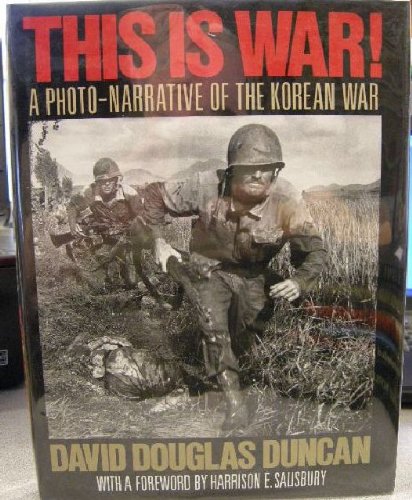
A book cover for This Is War!: A Photo-Narrative of the Korean War; David Douglas Duncan; History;